Report of the Indian Hemp Drugs Commission, 1894-1895 - Volume V
Year: 1894
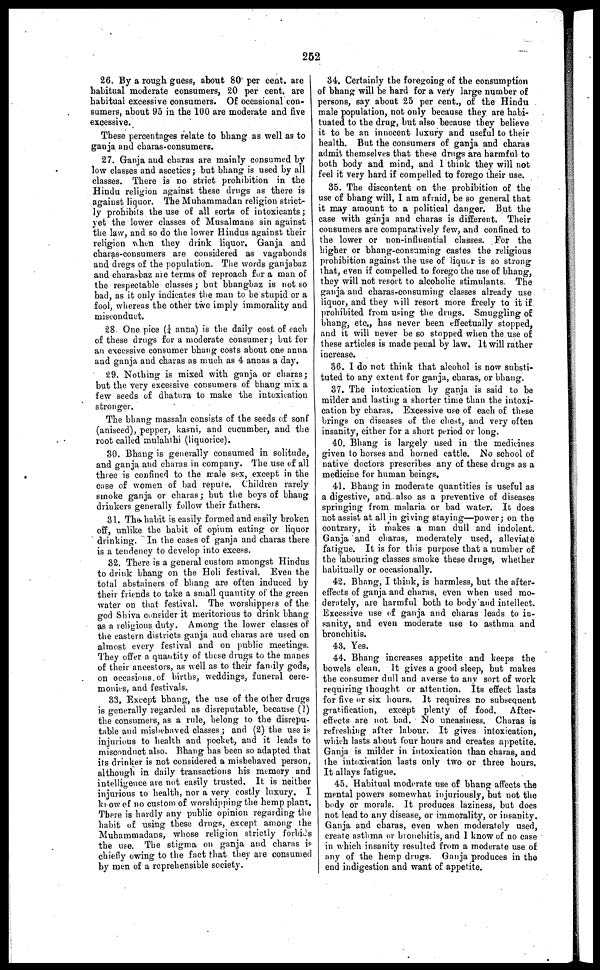
252
26. By a rough guess, about 80 per cent. are
habitual moderate consumers, 20 per cent. are
habitual excessive consumers. Of occasional con-
sumers, about 95 in the 100 are moderate and five
excessive.
These percentages relate to bhang as well as to
ganja and charas-consumers.
27. Ganja and charas are mainly consumed by
low classes and ascetics ; but bhang is used by all
classes. There is no strict prohibition in the
Hindu religion against these drugs as there is
against liquor. The Muhammadan religion strict-
ly prohibits the use of all sorts of intoxicants ;
yet the lower classes of Musalmans sin against
the law, and so do the lower Hindus against their
religion when they drink liquor. Ganja and
charas-consumers are considered as vagabonds
and dregs of the population. The words ganjabaz
and charasbaz are terms of reproach for a man of
the respectable classes ; but bhangbaz is not so
bad, as it only indicates the man to be stupid or a
fool, whereas the other two imply immorality and
misconduct.
28. One pice (¼ anna) is the daily cost of each
of these drugs for a moderate consumer; but for
an excessive consumer bhang costs about one anna
and ganja and charas as much as 4 annas a day,
29. Nothing is mixed with ganja or charas;
but the very excessive consumers of bhang mix a
few seeds of dhatura to make the intoxication
stronger.
The bhang massala consists of the seeds of sonf
(aniseed), pepper, kasni, and cucumber, and the
root called mulahihi (liquorice).
30. Bhang is generally consumed in solitude,
and ganja and charas in company. The use of all
th:ee is confined to the male sex, except in the
case of women of bad repute. Children rarely
smoke ganja or charas ; but the boys of bhang
drinkers generally follow their fathers.
31. The habit is easily formed and easily broken
off, unlike the habit of opium eating or liquor
drinking. In the cases of ganja and charas there
is a tendency to develop into excess.
32. There is a general custom amongst Hindus
to drink bhang on the Holi festival. Even the
total abstainers of bhang are often induced by
their friends to take a small quantity of the green
water on that festival. The worshippprs of the
god Shiva consider it meritorious to drink bhang
as a religious duty. Among the lower classes of
the eastern districts ganja and charas are used on
almost every festival and on public meetings.
They offer a quantity of these drugs to the manes
of their ancestors, as well as to their family gods,
on occasions of births, weddings, funeral cere-
monies, and festivals.
33. Except bhang, the use of the other drugs
is generally regarded as disreputable, because (1)
the consumers, as a rule, belong to the disrepu-
table and misbehaved classes ; and (2) the use is
injurious to health and pocket, and it leads to
misconduct also. Bhang has been so adapted that
its drinker is not considered a misbehaved person,
although in daily transactions his memory and
intelligence are not easily trusted. It is neither
injurious to health, nor a very costly luxury. I
know of no custom of worshipping the hemp plant.
There is hardly any public opinion regarding the
habit of using these drugs, except among the
Muhammadans, whose religion strictly forbids
the use. The stigma on ganja and charas is
chiefly owing to the fact that they are consumed
by men of a reprehensible society.
34. Certainly the foregoing of the consumption
of bhang will be hard for a very large number of
persons, say about 25 per cent., of the Hindu
male population, not only because they are habi-
tuated to the drug, but also because they believe
it to be an innocent luxury and useful to their
health. But the consumers of ganja and chara9
admit themselves that these drugs are harmful to
both body and mind, and 1 think they will not
feel it very hard if compelled to forego their use.
35. The discontent on the prohibition of the
use of bhang will, I am afraid, be so general that
it may amount to a political danger. But the
case with ganja and charas is different. Their
consumers are comparatively few, and confined to
the lower or non-influential classes. For the
higher or bhang-consuming castes the religious
prohibition against the use of liquor is so strong
that, even if compelled to forego the use of bhang,
they will not resort to alcoholic stimulants. The
ganja and charas-consuming classes already use
liquor, and they will resort more freely to it if
prohibited from using the drugs. Smuggling of
bhang, etc., has never been effectually stopped,
and it will never be so stopped when the use of
these articles is made penal by law. It will rather
increase.
36. I do not think that alcohol is now substi-
tuted to any extent for ganja, charas, or bhang.
37. The intoxication by ganja is said to be
milder and lasting a shorter time than the intoxi-
cation by charas. Excessive use of each of these
brings on diseases of the chest, and very often
insanity, either for a short period or long.
40. Bhang is largely used in the medicines
given to horses and horned cattle. No school of
native doctors prescribes any of these drugs as a
medicine for human beings,
41. Bhang in moderate quantities is useful as
a digestive, and. also as a preventive of diseases
springing from malaria or bad water. It does
not assist at all in giving staying—power ; on the
contrary, it makes a man dull and indolent.
Ganja and charas, moderately used, alleviate
fatigue. It is for this purpose that a number of
the labouring classes smoke these drugs, whether
habitually or occasionally.
42. Bhang, I think, is harmless, but the after-
effects of ganja and charas, even when used mo-
derately, are harmful both to body and intellect.
Excessive use of ganja and charas leads to in-
sanity, and even moderate use to asthma and
bronchitis.
48. Yes.
44. Bhang increases appetite and keeps the
bowels clean. It gives a good sleep, but makes
the consumer dull and averse to any sort of work
requiring thought or attention. Its effect lasts
for five or six hours. It requires no subsequent
gratification,
except plenty of food.
After-
effects are not bad. No uneasiness. Charas is
refreshing after labour. It gives intoxication,
which lasts about four hours and creates appetite.
Ganja is milder in intoxication than charas, and
the intoxication lasts only two or three hours.
It allays fatigue,
45. Habitual moderate use of bhang affects the
mental powers somewhat injuriously, but not the
body or morals. It produces laziness, but does
not lead to any disease, or immorality, or insanity.
Ganja and charas, even when moderately used,
create asthma or bronchitis, and 1 know of no case
in which insanity resulted from a moderate use of
any of the hemp drugs. Ganja produces in the
end indigestion and want of appetite.